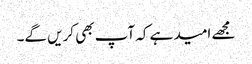
مجھے امید ہے کہ آپ بھی کریں گے۔